Insane asylums in Bengal annual reports 1876-1887 - 1876-1887
Year: 1876
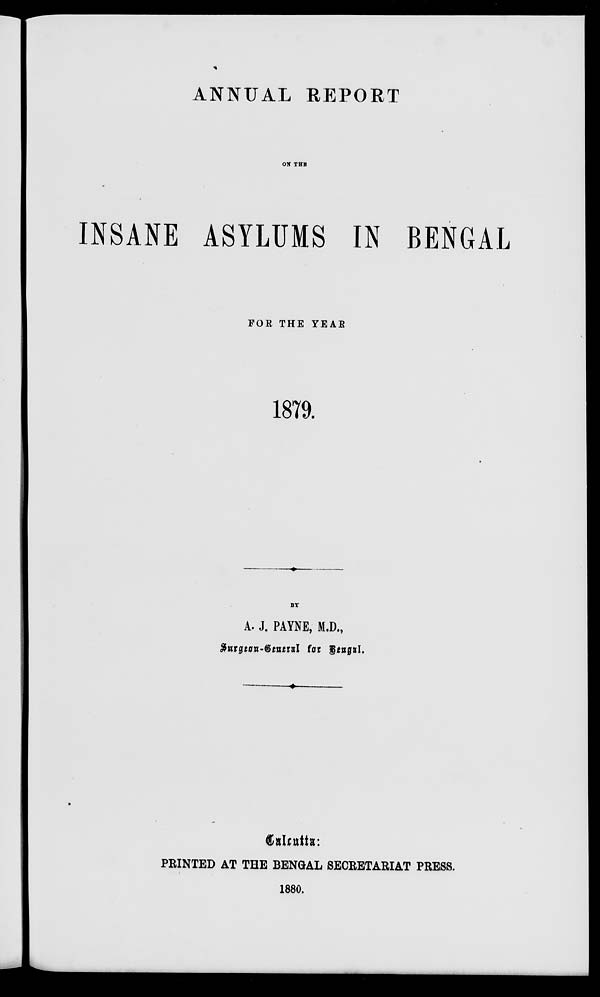
ANNUAL REPORT
ON THE
INSANE ASYLUMS IN BENGAL
FOR THE YEAR
1879.
BY
A. J. PAYNE, M.D.,
Surgeon-General for Bengal.
Calcutta:
PRINTED AT THE BENGAL SECRETARIAT PRESS.
1880.